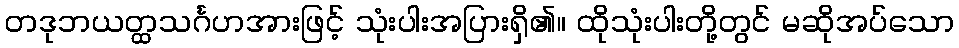
တဒုဘယတ္ထသင်္ဂဟအားဖြင့် သုံးပါးအပြားရှိ၏။ ထိုသုံးပါးတို့တွင် မဆိုအပ်သော